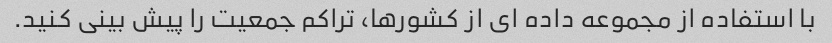
با استفاده از مجموعه داده ای از کشورها، تراکم جمعیت را پیش بینی کنید.